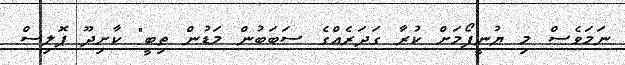
ނަމަވެސް މި ޔުނީފޯމަށް ކުރާ ގަދަރެއްގެ ސަބަބުން މަޑުން ތިބީ" ކާށިދޫ ޕޮލިސް